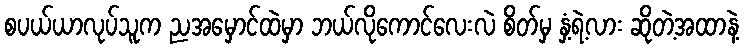
စပယ်ယာလုပ်သူက ညအမှောင်ထဲမှာ ဘယ်လိုကောင်လေးလဲ စိတ်မှ နှံ့ရဲ့လား ဆိုတဲ့အထာနဲ့